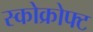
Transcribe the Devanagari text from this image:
स्कोक्रोफ्ट